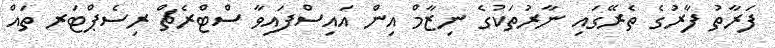
ފަރާތު ފާރުގެ ތެރޭގައި ނާރުތަކުގެ ނިޒާމް އިން އައިސްފައިވާ ސްޓްރެޗް ރިސެޕްޓަރ ތައް